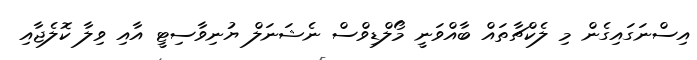
އިސްނަގައިގެން މި ލެކްޗާތައް ބާއްވަނީ މޯލްޑިވްސް ނެޝަނަލް ޔުނިވާސިޓީ އާއި ވިލާ ކޮލެޖާއި